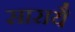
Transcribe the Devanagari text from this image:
सारायै